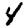
Digit: 4